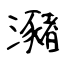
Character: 瀦